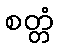
စတ္တံ